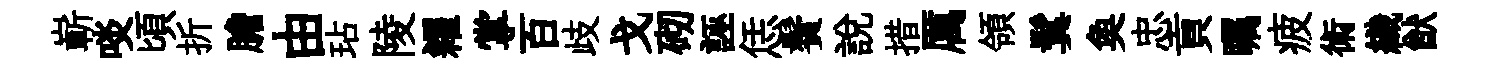
嶄啖頃折膽由玷陵糴掌百歧戈砌誣恁鬢説措厲領鬂奐忠貢瞩疲術織猷